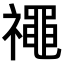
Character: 𥜐